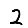
Digit: 2